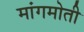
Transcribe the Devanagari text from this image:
मांगमोती